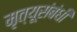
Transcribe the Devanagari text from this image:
मृत्यूसंबंधी